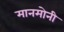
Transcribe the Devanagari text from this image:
मानमोनी